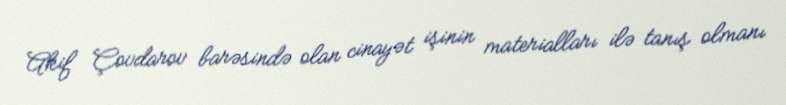
Akif Çovdarov barəsində olan cinayət işinin materialları ilə tanış olmanı